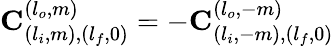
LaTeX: \mathbf{C}_{(l_{i},m),(l_{f},0)}^{(l_{o},m)}=-\mathbf{C}_{(l_{i},-m),(l_{f},0)}^{(l_{o},-m)}